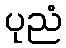
ပုညံ